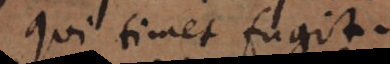
Qui timet fugit.